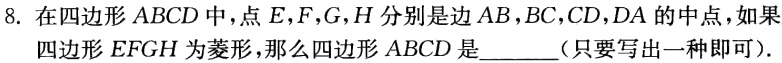
8. 在四边形\(ABCD\)中，点\(E,F,G,H\)分别是边\(AB,BC,CD,DA\)的中点，如果四边形\(EFGH\)为菱形，那么四边形\(ABCD\)是______（只要写出一种即可）.